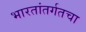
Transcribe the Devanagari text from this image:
भारतांतर्गतचा